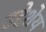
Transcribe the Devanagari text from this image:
उद्देशेय